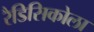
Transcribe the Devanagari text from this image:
रैडिसिकोला